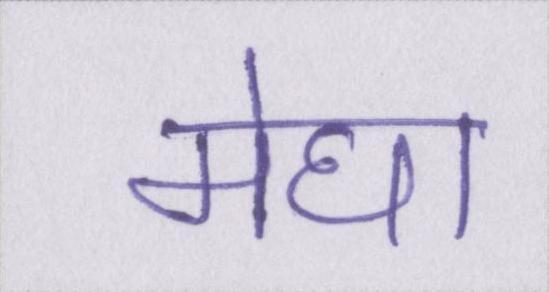
मेघा